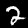
Label: 2